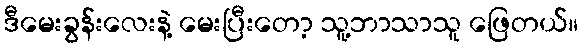
ဒီမေးခွန်းလေးနဲ့ မေးပြီးတော့ သူ့ဘာသာသူ ဖြေတယ်။